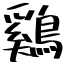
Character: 鷄